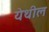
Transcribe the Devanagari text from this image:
यॆथील